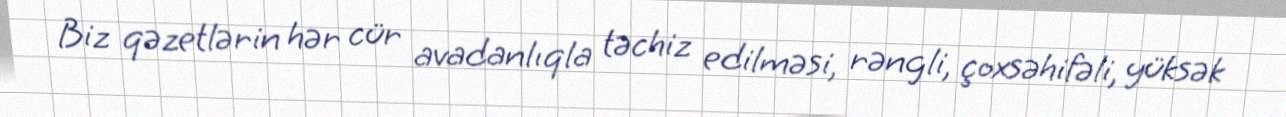
Biz qəzetlərin hər cür avadanlıqla təchiz edilməsi, rəngli, çoxsəhifəli, yüksək